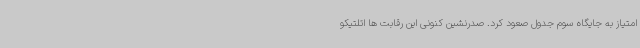
امتیاز به جایگاه سوم جدول صعود کرد. صدرنشین کنونی این رقابت ها اتلتیکو